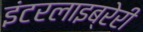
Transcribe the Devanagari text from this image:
इंटरलाइब्रेरी